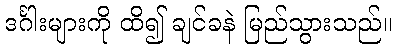
ဒင်္ဂါးများကို ထိ၍ ချင်ခနဲ မြည်သွားသည်။